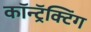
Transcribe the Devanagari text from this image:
कॉन्ट्रॅक्टिंग